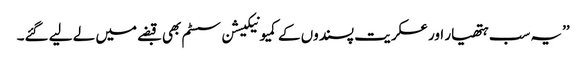
’’یہ سب ہتھیار اور عسکریت پسندوں کے کمیونیکیشن سسٹم بھی قبضے میں لے لیے گئے۔